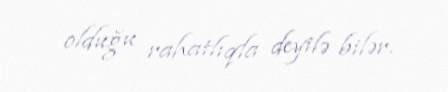
olduğu rahatlıqla deyilə bilər.